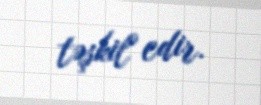
təşkil edir.